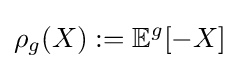
\rho _{g}(X):=\mathbb {E} ^{g}[-X]